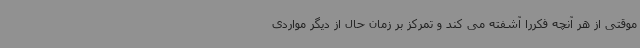
موقتی از هر آنچه فکررا آشفته می کند و تمرکز بر زمان حال از دیگر مواردی